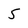
Character: 5